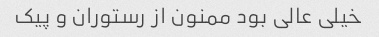
خیلی عالی بود ممنون از رستوران و پیک